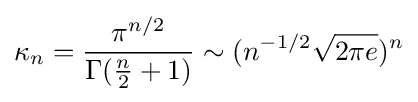
\kappa _{n}={\frac {\pi ^{n/2}}{\Gamma ({\frac {n}{2}}+1)}}\sim (n^{-1/2}{\sqrt {2\pi e}})^{n}